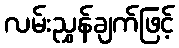
လမ်းညွှန်ချက်ဖြင့်